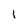
Character: L